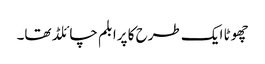
چھوٹا ایک طرح کا پرابلم چائلڈ تھا۔